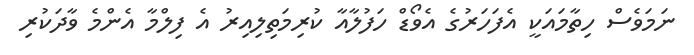
ނަމަވެސް ހިތާމައަކީ އެފަހަރުގެ އެވޯޑް ހަފުލާއާ ކުރިމަތިލިއިރު އެ ފިލްމާ އެންމެ ވާދަކުރި